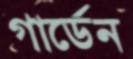
গার্ডেন